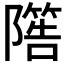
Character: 𨼵